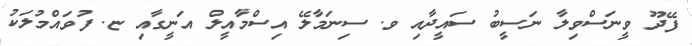
ފޭދޫ ވީނަސްވިލާ ނަސީބު ސައީދާއި ވ. ސިނަމާލޭ އިސްމާއީލް އަނީގާއި ޏ. ފުވައްމުލަކު